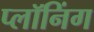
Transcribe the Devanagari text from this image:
प्लॉनिंग